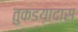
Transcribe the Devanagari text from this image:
तुकडय़ादास